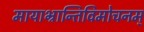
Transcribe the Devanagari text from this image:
मायाभ्रान्तिविमोचनम्